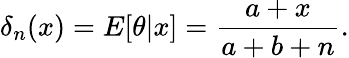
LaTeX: \delta_{n}(x)=E[\theta|x]={\frac{a+x}{a+b+n}}.